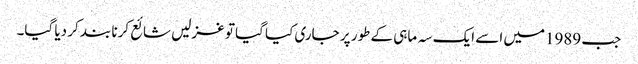
جب 1989میں اسے ایک سہ ماہی کے طور پر جاری کیا گیا تو غزلیں شائع کرنا بند کر دیا گیا۔